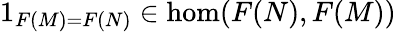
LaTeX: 1_{F(M)=F(N)}\in\hom(F(N),F(M))